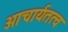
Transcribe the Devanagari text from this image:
आचार्यतत्व